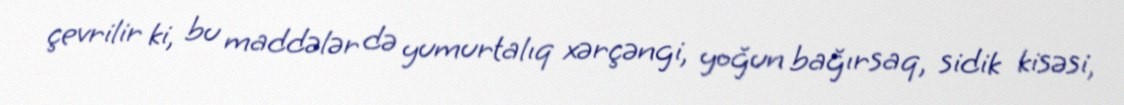
çevrilir ki, bu maddələr də yumurtalıq xərçəngi, yoğun bağırsaq, sidik kisəsi,